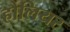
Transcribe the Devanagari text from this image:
हौलियर